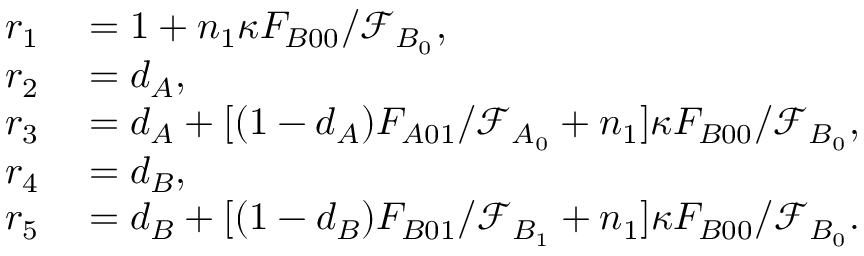
\begin{array} { r l } { r _ { 1 } } & { { } = 1 + n _ { 1 } \kappa F _ { B 0 0 } / \mathcal { F } _ { B _ { 0 } } , } \\ { r _ { 2 } } & { { } = d _ { A } , } \\ { r _ { 3 } } & { { } = d _ { A } + [ ( 1 - d _ { A } ) F _ { A 0 1 } / \mathcal { F } _ { A _ { 0 } } + n _ { 1 } ] \kappa F _ { B 0 0 } / \mathcal { F } _ { B _ { 0 } } , } \\ { r _ { 4 } } & { { } = d _ { B } , } \\ { r _ { 5 } } & { { } = d _ { B } + [ ( 1 - d _ { B } ) F _ { B 0 1 } / \mathcal { F } _ { B _ { 1 } } + n _ { 1 } ] \kappa F _ { B 0 0 } / \mathcal { F } _ { B _ { 0 } } . } \end{array}